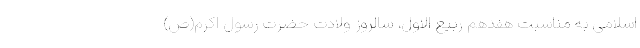
اسلامی به مناسبت هفدهم ربیع الاول، سالروز ولادت حضرت رسول اکرم(ص)